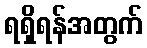
ရရှိရန်အတွက်